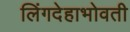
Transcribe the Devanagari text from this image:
लिंगदेहाभोवती